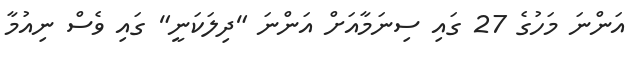
އަންނަ މަހުގެ 27 ގައި ސިނަމާއަށް އަންނަ "ދިލަކަނީ" ގައި ވެސް ނިއުމާ